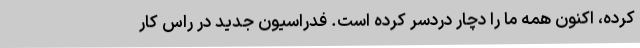
کرده، اکنون همه ما را دچار دردسر کرده است. فدراسیون جدید در راس کار